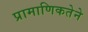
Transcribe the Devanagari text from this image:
प्रामाणिकतेने